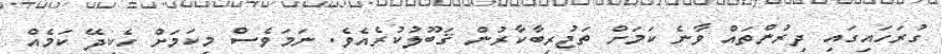
ގުރަހައިގައި ދިރުންތައް ވާނެ ކަމަށް ތަޖުރިބާކާރުން ޤަބޫލުކުރެއެވެ. ނަމަވެސް މިކަމަށް ހެކިދޭ ކަމެއް